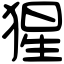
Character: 猩